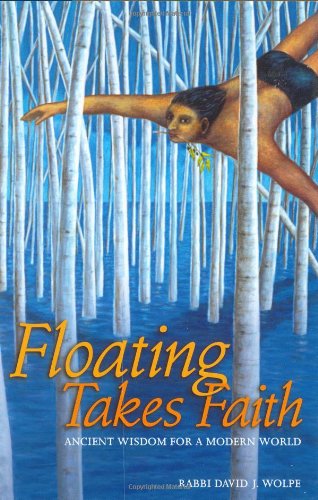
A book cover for Floating Takes Faith: Ancient Wisdom For A Modern World; David J. Wolpe; Religion & Spirituality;